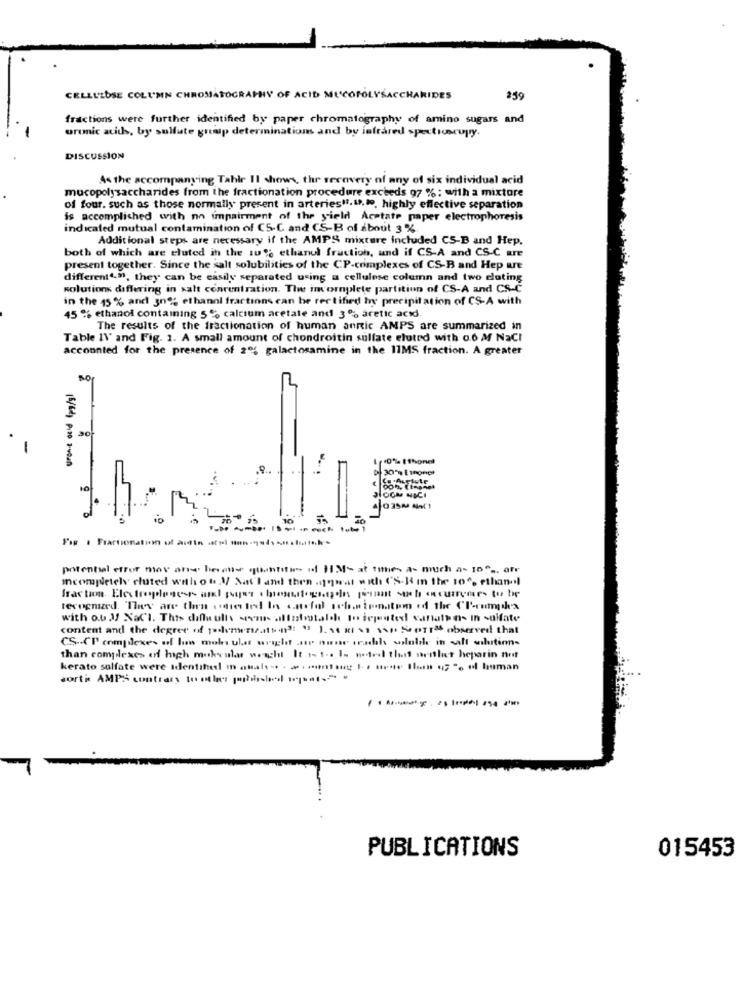
CELLULOSE COLUMN CHROMATOGRAPHY OF ACID MUCOPOLYSACCHARIDES
259
fractions were further identified by paper chromatography of amino sugars and
uronic acid, by sulfate graip determinations and by infrared spectroscopy.
DISCUSSION
As the accompanying Table Il shows, the recovery of any of six individual acid
mucopolysaccharides from the fractionation procedure exceeds 97 % ; with a mixture
of four. such as those normally present in arteries".", wo. highly effective separation
is accomplished with no impairment of the yield Acetate paper electrophoresis
indicated mutual contamination of CS-C and CS-B of about 3 %.
Additional steps are necessary if the AMPS mixture included CS-B and Hep,
both of which are eluted in the 10% ethanol fraction, and if CS-A and CS-C are
present together. Since the salt solubilities of the CP-crimplexes of CS-B and Hep are
different4.99, they can be easily separated uring a cellulose column and two eluting
solutions differing in salt concentration. The incomplete partition of CS-A and CS-C
in the 15 % and 3nº; ethanol fractions can be rectified hy precipitation of CS-A with
45 % ethanol containing 5% calcium acetate and 3% àretic acxi.
The results of the fractionation of human annic AMPS are summarized in
Table IV' and Fig. 1. A small amount of chondroitin sulfate eluted with 0.6 M NaCI
accounted for the presence of 20% galactosamine in the 11MS fraction. A greater
0
30
-
.9.
10
3
potential effor mov ane besote quantities of HIM- at ties a- much a- 10" ., afr
Icompletely cluted with on 1/ Nat'land then .mwst with ('S-Hm the 10", ethanol
with o.b 3 NaCl. This diflu ulls som allatotalche Io icpasted sanathn- in sulfate
content and the degree of polenwestattend! " 1. 14 KI \ \\/ Serra observed that
CSP complexes of lim mola ulas wright as nur rabl soluble in salt solution-
than complexes of high muskcular weicht It inte le netrol that neither heparin aut
kerato sulfate were identihel in atalı .. . a . montant 1. . ... te Ilan uz "% of human
sorti AMPS contrary to other papersbed [ ..... " .
PUBLICATIONS
015453